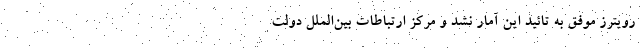
رویترز موفق به تائید این آمار نشد و مرکز ارتباطات بین‌الملل دولت